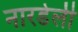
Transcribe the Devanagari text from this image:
नारडेली